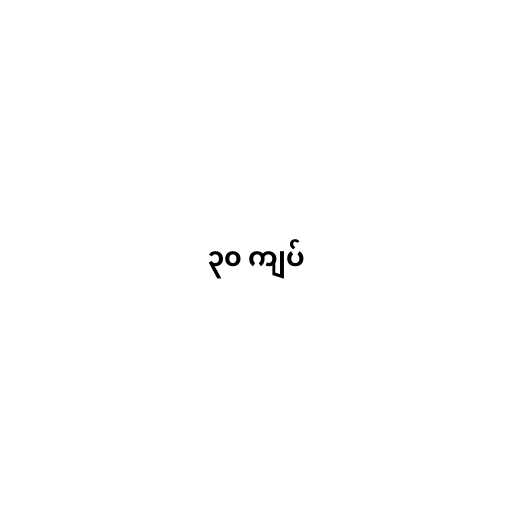
၃၀ ကျပ်